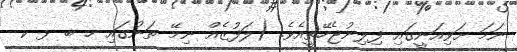
ނަމަ ށަވިއަނީގައި ފިލިނުޖެހޭތީއެވެ. (ލަފުޒެއް ނިމޭ ތަނުގައި ހ ބ ޅ ކ